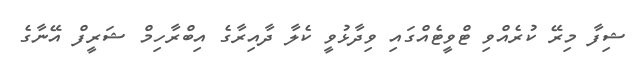
ޝިފާ މިރޭ ކުރެއްވި ޓްވީޓެއްގައި ވިދާޅުވީ ކެލާ ދާއިރާގެ އިބްރާހިމް ޝަރީފް އޭނާގެ